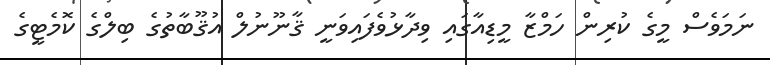
ނަމަވެސް މީގެ ކުރިން ހަމްޒާ މީޑިއާގައި ވިދާޅުވެފައިވަނީ ޤާނޫނުލް އުޤޫބާތުގެ ބިލްގެ ކޮމެޓީގެ